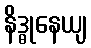
နိဒ္ဓုနေယျ